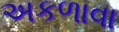
અકળાવા